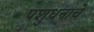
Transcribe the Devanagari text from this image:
पशुधनाचे